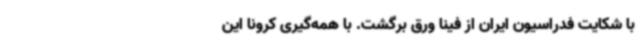
با شکایت فدراسیون ایران از فینا ورق برگشت. با همه‌گیری کرونا این